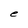
Character: e